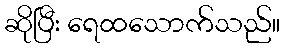
ဆိုပြီး ရေထသောက်သည်။